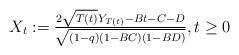
LaTeX: \begin{align*} X_t:=\tfrac{2\sqrt{T(t)}Y_{T(t)}-Bt-C-D}{\sqrt{(1-q)(1-BC)(1-BD)}},t\geq0\end{align*}